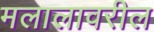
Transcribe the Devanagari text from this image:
मलालावरील